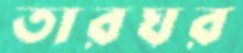
তারঘর